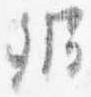
弁